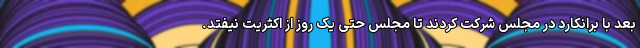
بعد با برانکارد در مجلس شرکت کردند تا مجلس حتی یک روز از اکثریت نیفتد.